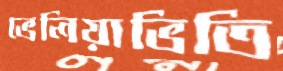
ভেলিয়াভিতি